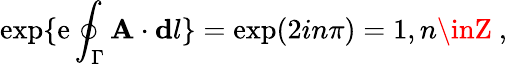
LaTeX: \exp\{ \mathrm{e}\oint_{\Gamma}{\mathbf{A}}\cdot{\mathbf{d}l}\} =\exp(2in\pi)=1,n\inZ\ ,